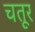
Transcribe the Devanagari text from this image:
चतूर